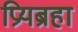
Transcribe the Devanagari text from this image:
प्रियब्रहा